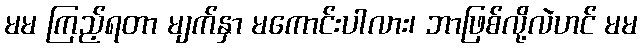
မမ ကြည့်ရတာ မျက်နှာ မကောင်းပါလား၊ ဘာဖြစ်လို့လဲဟင် မမ